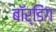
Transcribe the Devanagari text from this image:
बाॅर्डिंग